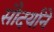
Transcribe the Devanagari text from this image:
सौदर्यांने